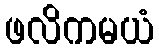
ဖလိကမယံ